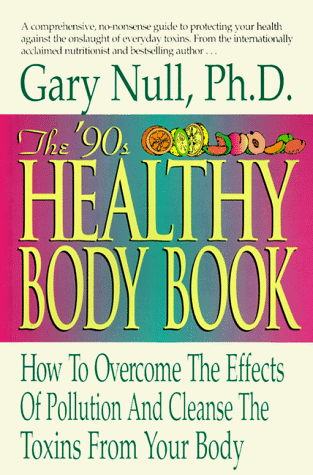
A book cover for The '90s Healthy Body Book: How to Overcome the Effects of Pollution and Cleanse the Toxins from Your Body; Gary Null; Health, Fitness & Dieting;